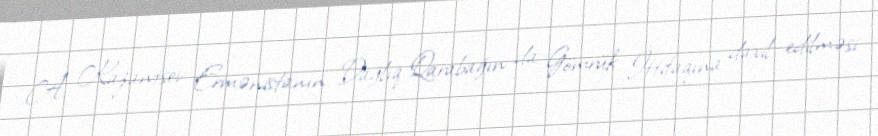
A. Kazantsev Ermənistanın Dağlıq Qarabağın da Gömrük İttifaqına daxil edilməsi